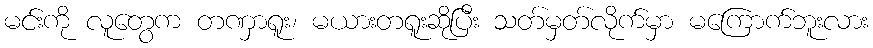
မင်းကို လူတွေက တဏှာရူး၊ မယားတရူးဆိုပြီး သတ်မှတ်လိုက်မှာ မကြောက်ဘူးလား